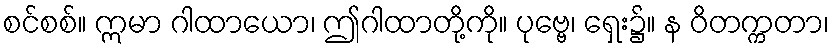
စင်စစ်။ ဣမာ ဂါထာယော၊ ဤဂါထာတို့ကို။ ပုဗ္ဗေ၊ ရှေး၌။ န ဝိတက္ကတာ၊